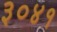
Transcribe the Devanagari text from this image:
३०४१